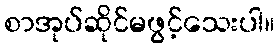
စာအုပ်ဆိုင်မဖွင့်သေးပါ။